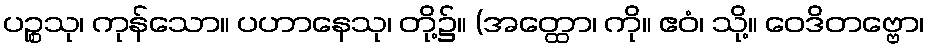
ပဉ္စသု၊ ကုန်သော။ ပဟာနေသု၊ တို့၌။ (အတ္ထော၊ ကို။ ဧဝံ၊ သို့။ ဝေဒိတဗ္ဗော၊